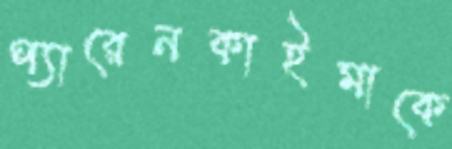
প্যারেনকাইমাকে